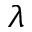
\lambda